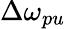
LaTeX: \Delta\omega_{pu}